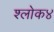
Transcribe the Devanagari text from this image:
श्लोक४